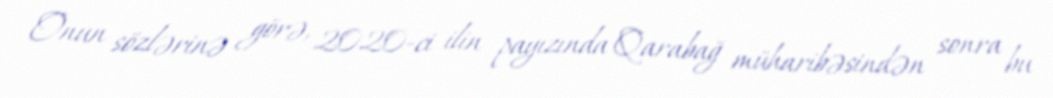
Onun sözlərinə görə, 2020-ci ilin payızında Qarabağ müharibəsindən sonra bu